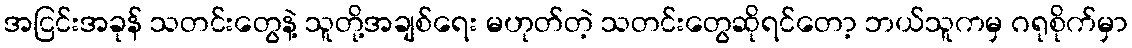
အငြင်းအခုန် သတင်းတွေနဲ့ သူတို့အချစ်ရေး မဟုတ်တဲ့ သတင်းတွေဆိုရင်တော့ ဘယ်သူကမှ ဂရုစိုက်မှာ